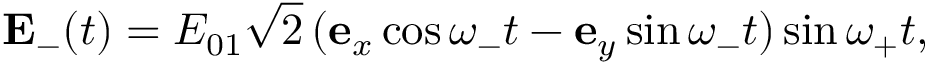
{ \bf E } _ { - } ( t ) = { E } _ { 0 1 } \sqrt { 2 } \, ( \mathbf { e } _ { x } \cos \omega _ { - } t - \mathbf { e } _ { y } \sin \omega _ { - } t ) \sin \omega _ { + } t ,